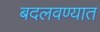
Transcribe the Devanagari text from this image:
बदलवण्यात